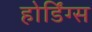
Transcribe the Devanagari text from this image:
होर्डिंग्स